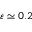
\varepsilon \simeq 0 . 2